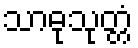
သာဓုသုတ္တံ